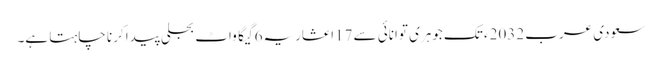
سعودی عرب 2032ء تک جوہری توانائی سے 17اعشاریہ6 گیگا واٹ بجلی پیدا کرنا چاہتا ہے۔